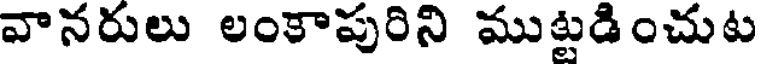
వానరులు లంకాపురిని ముట్టడించుట